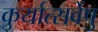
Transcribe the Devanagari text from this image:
कुर्यात्सर्वेषु